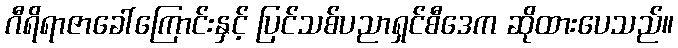
ဂီရိရာဇာခေါ်ကြောင်းနှင့် ပြင်သစ်ပညာရှင်စီဒေက ဆိုထားပေသည်။